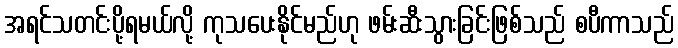
အရင်သတင်းပို့ရမယ်လို့ ကုသပေးနိုင်မည်ဟု ဖမ်းဆီးသွားခြင်းဖြစ်သည် စပီကာသည်